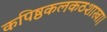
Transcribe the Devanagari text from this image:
कपिष्ठकलकठशाखा।